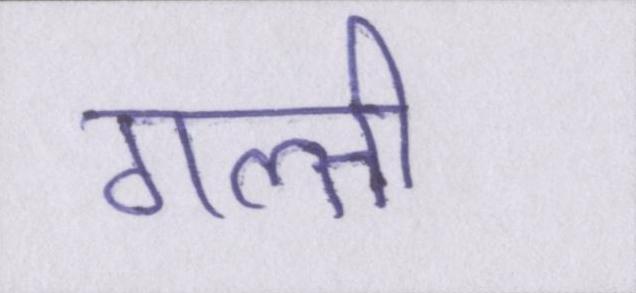
गल्ती